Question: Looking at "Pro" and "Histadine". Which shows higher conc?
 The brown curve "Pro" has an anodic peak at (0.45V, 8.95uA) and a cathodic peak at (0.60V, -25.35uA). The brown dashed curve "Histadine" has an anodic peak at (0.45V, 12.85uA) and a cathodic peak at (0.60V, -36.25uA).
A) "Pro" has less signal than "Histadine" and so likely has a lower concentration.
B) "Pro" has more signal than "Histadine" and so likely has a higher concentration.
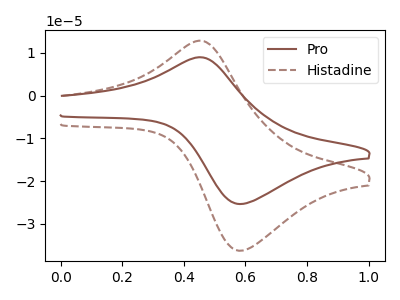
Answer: <think>All the peaks in "Pro" have a peak in "Histadine" at the same potential. Every peak in "Pro" is lower than every peak in "Histadine".
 </think>
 <answer>A) "Pro" has less signal than "Histadine" and so likely has a lower concentration.</answer>
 <eval>A</eval>